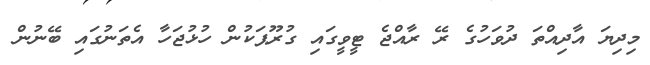
މިދިޔަ އާދިއްތަ ދުވަހުގެ ރޭ ރާއްޖެ ޓީވީގައި ގުރޫޕަކުން ހުޅުޖަހާ އެތަނުގައި ބޭނުން